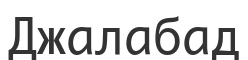
Джалабад